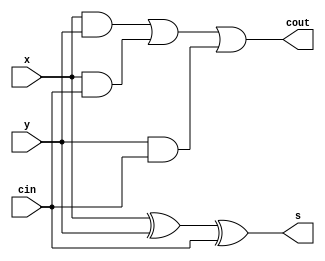
module Q2(input cin,input x,input y,output s,output cout);
    assign s = x ^ y ^ cin;
    assign cout = (x & y) | (x & cin) | (y & cin);
endmodule